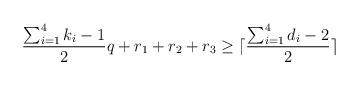
LaTeX: \begin{align*}\frac{\sum_{i=1}^4 k_i -1}{2} q + r_1 + r_2 + r_3 \ge \lceil \frac{\sum_{i=1}^4 d_i -2}{2} \rceil\end{align*}